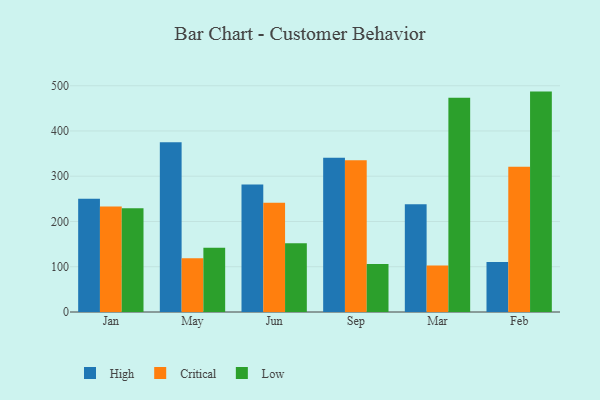
{"axis": {"x": "Month", "y": "Page Views"}, "legend": ["Critical", "High", "Low"], "data": [{"x": "Jan", "y": 250.5, "type": "High"}, {"x": "Jan", "y": 233.3, "type": "Critical"}, {"x": "Jan", "y": 229.5, "type": "Low"}, {"x": "May", "y": 374.9, "type": "High"}, {"x": "May", "y": 118.9, "type": "Critical"}, {"x": "May", "y": 142.0, "type": "Low"}, {"x": "Jun", "y": 281.5, "type": "High"}, {"x": "Jun", "y": 241.2, "type": "Critical"}, {"x": "Jun", "y": 151.7, "type": "Low"}, {"x": "Sep", "y": 340.9, "type": "High"}, {"x": "Sep", "y": 335.2, "type": "Critical"}, {"x": "Sep", "y": 106.2, "type": "Low"}, {"x": "Mar", "y": 238.2, "type": "High"}, {"x": "Mar", "y": 102.6, "type": "Critical"}, {"x": "Mar", "y": 473.6, "type": "Low"}, {"x": "Feb", "y": 110.6, "type": "High"}, {"x": "Feb", "y": 320.9, "type": "Critical"}, {"x": "Feb", "y": 487.0, "type": "Low"}]}